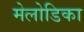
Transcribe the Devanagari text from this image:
मेलोडिका